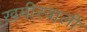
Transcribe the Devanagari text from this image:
ख़मीरवाली